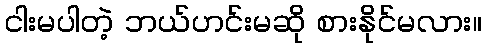
ငါးမပါတဲ့ ဘယ်ဟင်းမဆို စားနိုင်မလား။